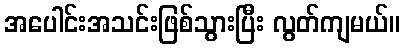
အပေါင်းအသင်းဖြစ်သွားပြီး လွတ်ကျမယ်။